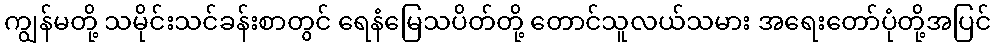
ကျွန်မတို့ သမိုင်းသင်ခန်းစာတွင် ရေနံမြေသပိတ်တို့ တောင်သူလယ်သမား အရေးတော်ပုံတို့အပြင်